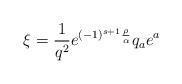
LaTeX: \begin{align*}\xi={1 \over q^2} e^{(-1)^{s+1}{\rho \over \alpha}} q_a e^a\end{align*}